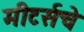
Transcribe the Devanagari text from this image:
मीटर्सचे